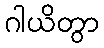
ဂါယိတွာ